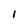
Character: I